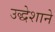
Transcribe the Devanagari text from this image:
उद्धेशाने